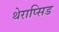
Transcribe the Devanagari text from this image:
थेराप्सिड